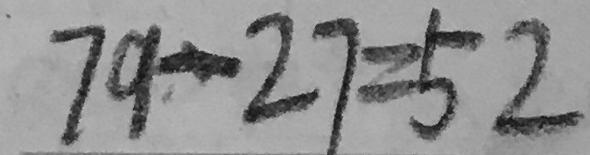
7 9 - 2 7 = 5 2